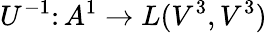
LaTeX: U^{-1}\colon A^{1}\to L(V^{3},V^{3})